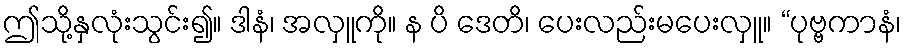
ဤသို့နှလုံးသွင်း၍။ ဒါနံ၊ အလှူကို။ န ပိ ဒေတိ၊ ပေးလည်းမပေးလှူ။ “ပုဗ္ဗကာနံ၊